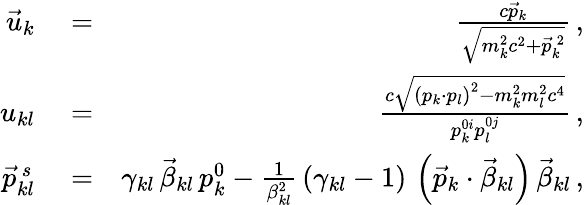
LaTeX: \begin{array}{rlr}{\vec{u}_{k}}&{{}=}&{\frac{c\vec{p}_{k}}{\sqrt{m_{k}^{2}c^{2}+\vec{p}_{k}^{\, 2}}}\, ,}\\ {u_{kl}}&{{}=}&{\frac{c\sqrt{\left(p_{k}\cdot p_{l}\right)^{2}-m_{k}^{2}m_{l}^{2}c^{4}}}{p_{k}^{0i}p_{l}^{0j}}\, ,}\\ {\vec{p}_{kl}^{\, s}}&{{}=}&{\gamma_{kl}\, \vec{\beta}_{kl}\, p_{k}^{0}-\frac{1}{\beta_{kl}^{2}}\, (\gamma_{kl}-1)\, \left(\vec{p}_{k}\cdot\vec{\beta}_{kl}\right)\, \vec{\beta}_{kl}\, ,}\end{array}